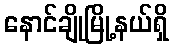
နောင်ချိုမြို့နယ်ရှိ